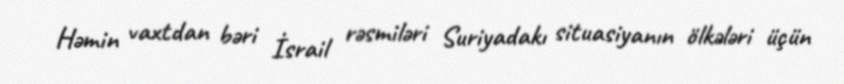
Həmin vaxtdan bəri İsrail rəsmiləri Suriyadakı situasiyanın ölkələri üçün